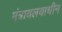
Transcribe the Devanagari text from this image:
मंत्रायलयाधीन